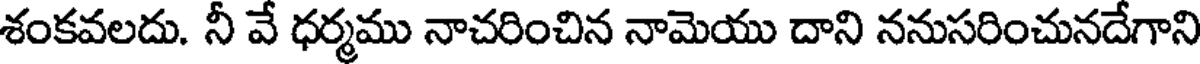
శంకవలదు. నీ వే ధర్మము నాచరించిన నామెయు దాని ననుసరించునదేగాని